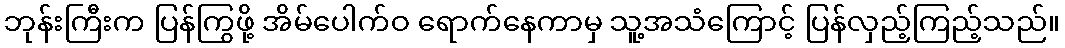
ဘုန်းကြီးက ပြန်ကြွဖို့ အိမ်ပေါက်ဝ ရောက်နေကာမှ သူ့အသံကြောင့် ပြန်လှည့်ကြည့်သည်။